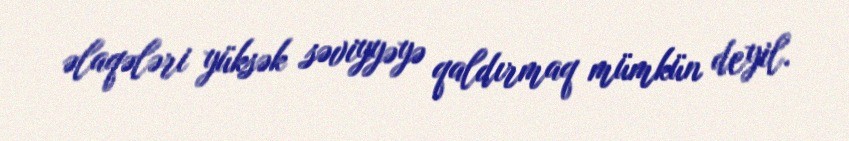
əlaqələri yüksək səviyyəyə qaldırmaq mümkün deyil.